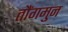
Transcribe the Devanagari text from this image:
तौंगमुन